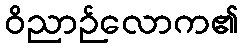
ဝိညာဉ်လောက၏